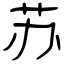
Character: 苏